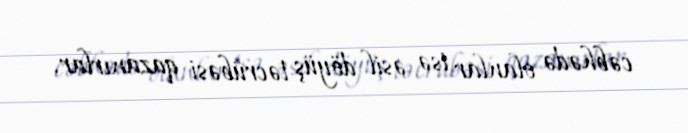
cəbhədə olanlar isə əsil döyüş təcrübəsi qazanırlar.